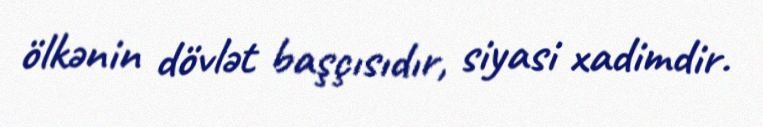
ölkənin dövlət başçısıdır, siyasi xadimdir.